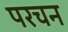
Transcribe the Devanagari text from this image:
परचन